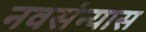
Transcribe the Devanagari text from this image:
नवसंन्यास